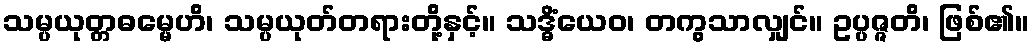
သမ္ပယုတ္တဓမ္မေဟိ၊ သမ္ပယုတ်တရားတို့နှင့်။ သဒ္ဓိံယေဝ၊ တကွသာလျှင်။ ဥပ္ပဇ္ဇတိ၊ ဖြစ်၏။